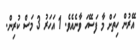
އޭރުން ހިތަށް މާ ފަސޭހަ ވާނެއެވެ. 1 އަހަރު 3 މަސް ކުރިން.